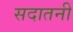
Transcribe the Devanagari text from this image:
सदातनी